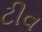
ટીવ